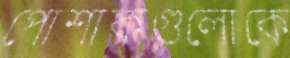
পোশাকগুলোকে